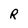
Character: R